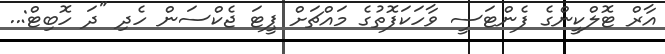
އާރް ޓޮލްކީންގެ ފެންޓަސީ ވާހަކަފޮތުގެ މައްޗަށް ޕީޓަ ޖެކްސަން ހެދި "ދަ ހޮބިޓް:..